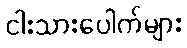
ငါးသားပေါက်များ